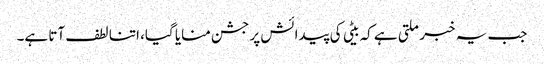
جب یہ خبر ملتی ہے کہ بیٹی کی پیدائش پر جشن منایا گیا، اتنا لطف آتا ہے۔